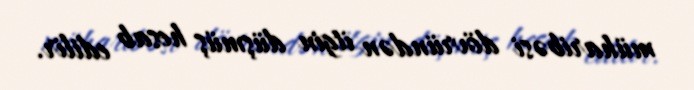
müharibəsi dövründən itgin düşmüş hesab edilir.